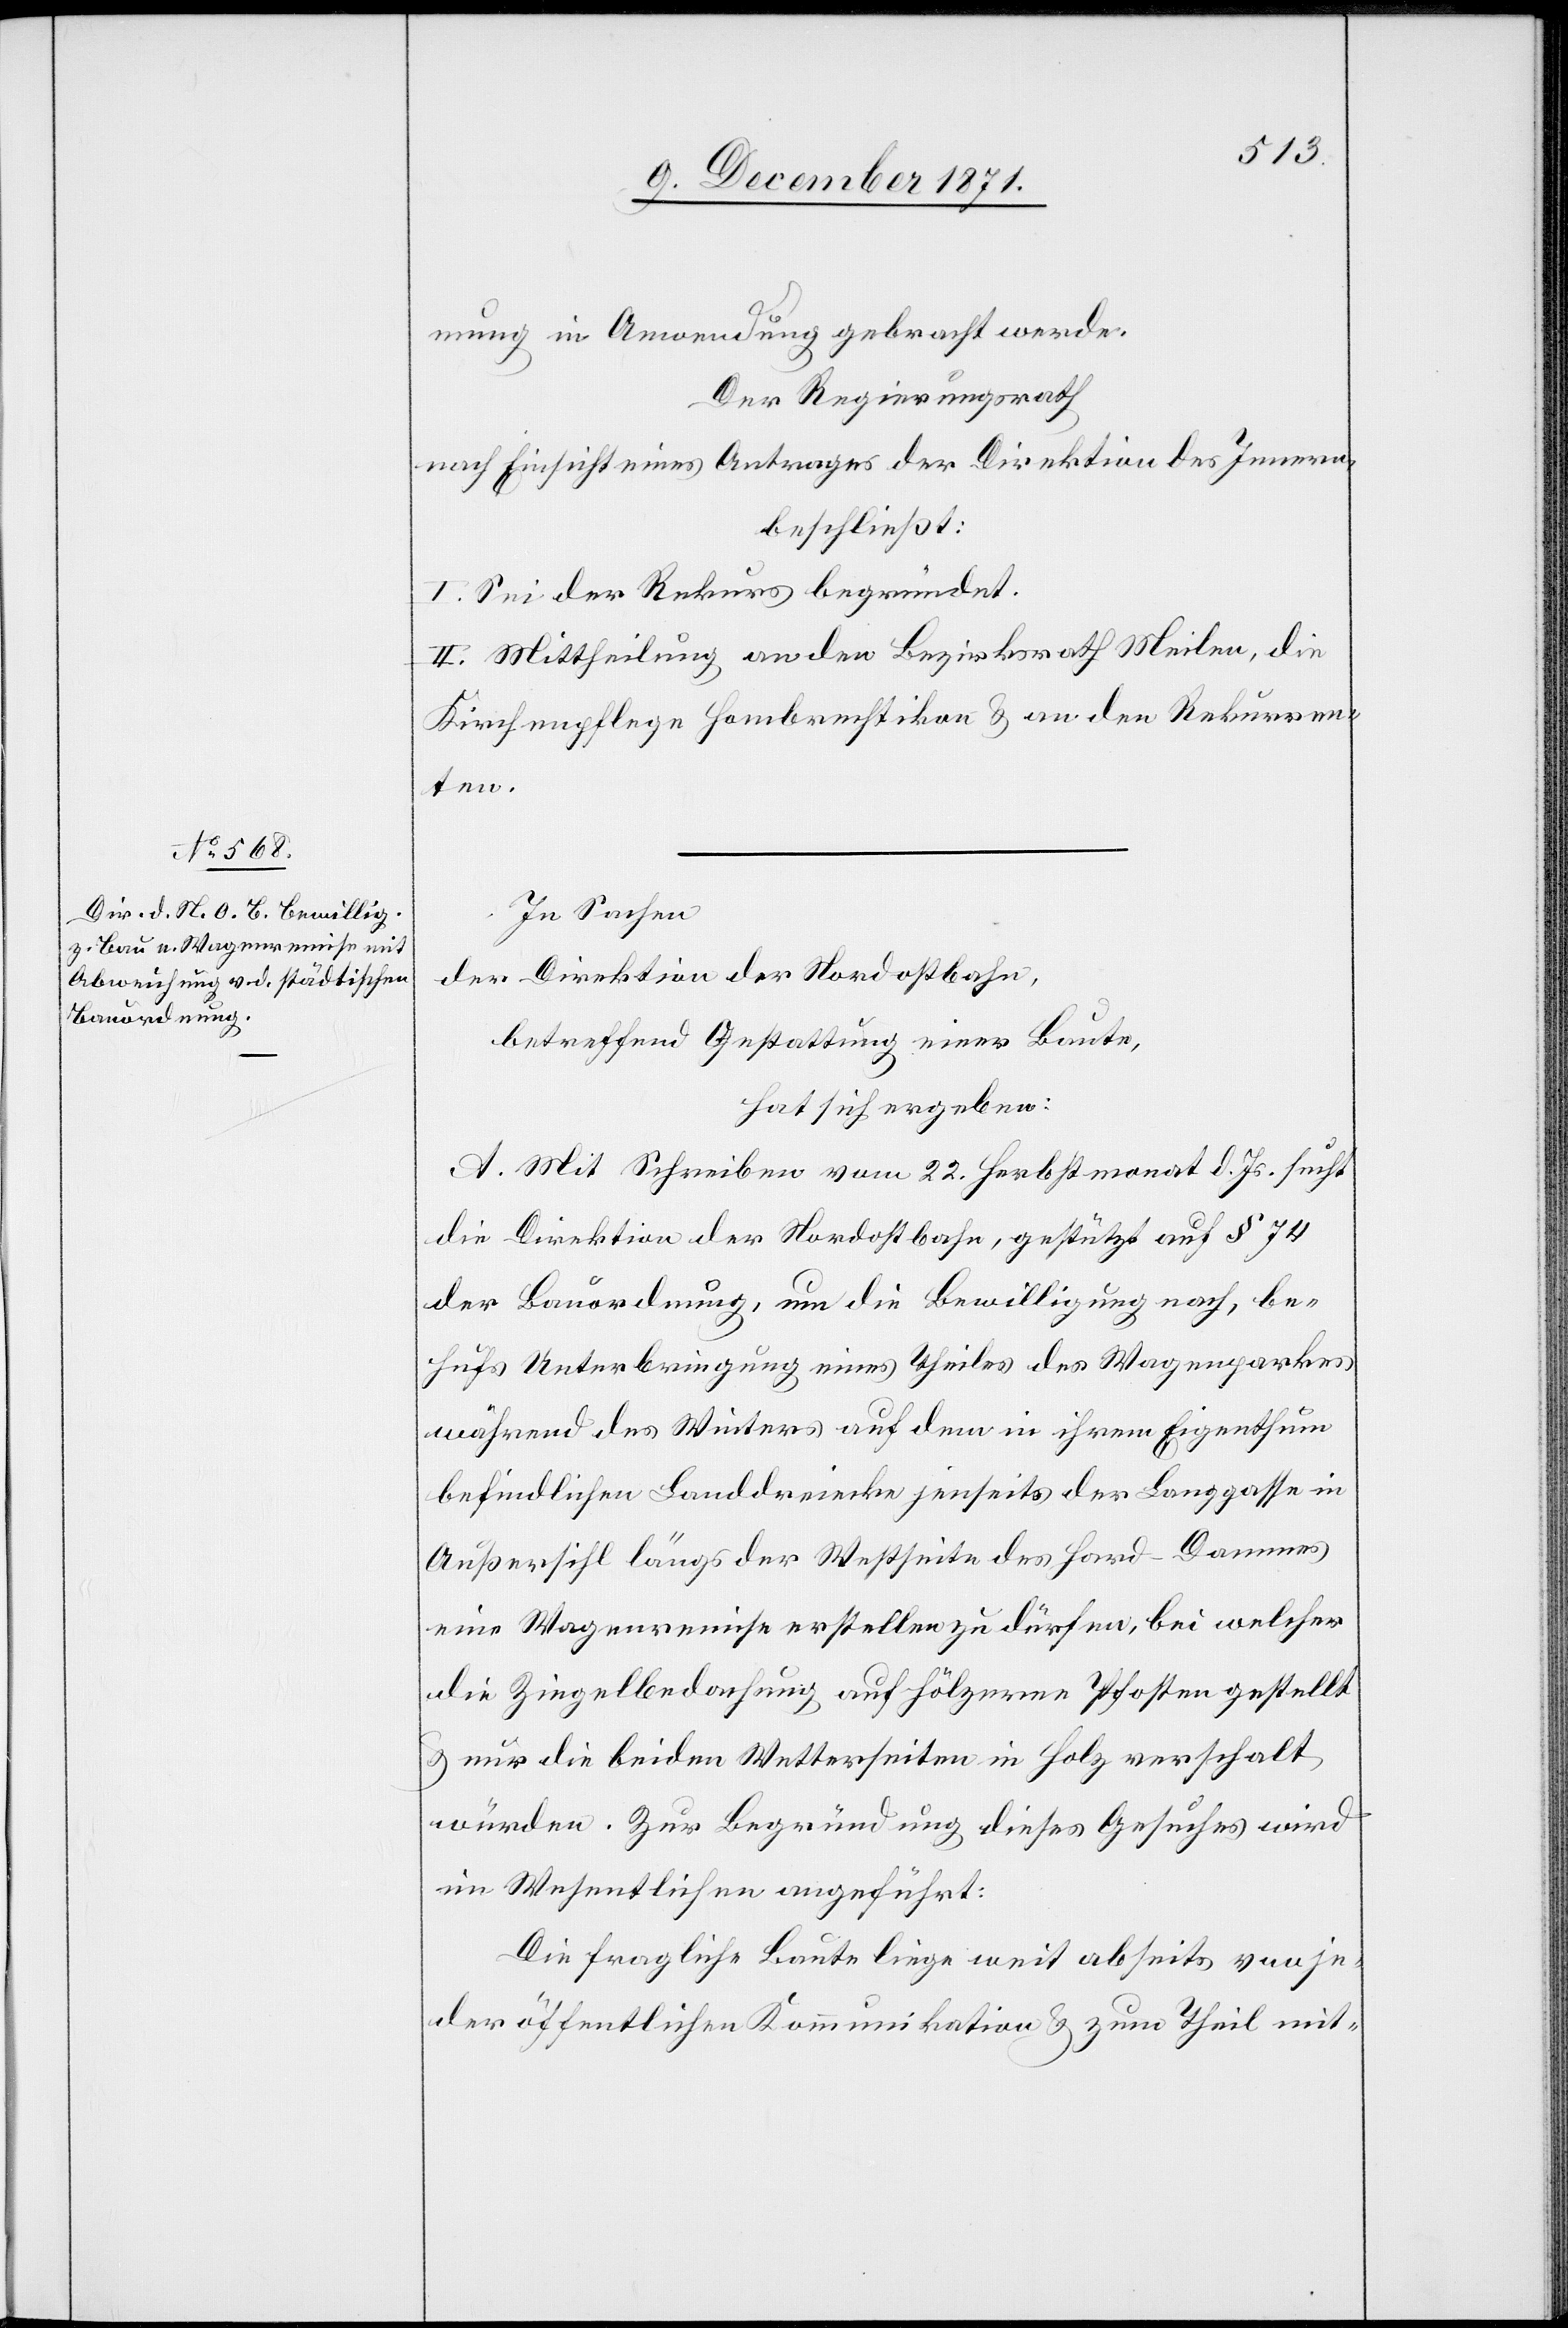
mung in Anwendung gebracht werde.
Der Regierungsrath
nach Einsicht eines Antrages der Direktion des Innern,
beschließt:
I. Sei der Rekurs begründet.
II. Mittheilung an den Bezirksrath Meilen, die
Kirchenpflege Hombrechtikon & an den Rekurren¬
ten.
In Sachen
der Direktion der Nordostbahn,
betreffend Gestattung einer Baute,
hat sich ergeben:
A. Mit Schreiben vom 22. Herbstmonat d. Js. sucht
die Direktion der Nordostbahn, gestützt auf § 74
der Bauordnung, um die Bewilligung nach, be¬
hufs Unterbringung eines Theiles des Wagenparkes
während des Winters auf dem in ihrem Eigenthum
befindlichen Landdreiecke jenseits der Langgasse in
Außersihl längs der Westseite des Hard-Dammes
eine Wagenremise erstellen zu dürfen, bei welcher
die Ziegelbedachung auf hölzerne Pfosten gestellt
& nur die beiden Wetterseiten in Holz verschalt
würden. Zur Begründung dieses Gesuches wird
im Wesentlichen angeführt:
Die fragliche Baute liege weit abseits von je¬
der öffentlichen Kommunikation & zum Theil mit-